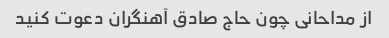
از مداحانی چون حاج صادق آهنگران دعوت کنید